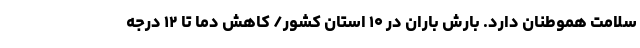
سلامت هموطنان دارد. بارش باران در ۱۰ استان کشور/ کاهش دما تا ۱۲ درجه